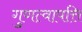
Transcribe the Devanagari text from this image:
गुणत्वापत्ति